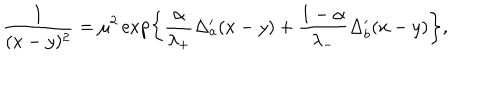
LaTeX: \frac { 1 } { ( x - y ) ^ { 2 } } = \mu ^ { 2 } \exp \left\{ \frac { \alpha } { \lambda _ { + } } \Delta _ { a } ^ { \prime } ( x - y ) + \frac { 1 - \alpha } { \lambda _ { - } } \Delta _ { b } ^ { \prime } ( x - y ) \right\} ,